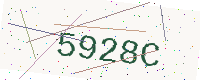
Text: 5928C